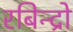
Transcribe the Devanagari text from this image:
रबिन्द्रो